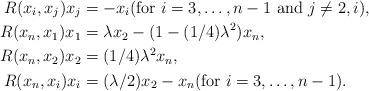
LaTeX: \begin{align*} R(x_i, x_j) x_j &= - x_i (\mbox{for $i=3, \ldots, n-1$ and $j \neq 2, i$}) , \\ R(x_n, x_1) x_1 &= \lambda x_2 - (1 - (1/4) \lambda^2) x_n, \\R(x_n, x_2) x_2 &= (1/4) \lambda^2 x_n , \\ R(x_n, x_i) x_i &= (\lambda /2) x_2 - x_n (\mbox{for $i=3, \ldots, n-1$}) . \end{align*}